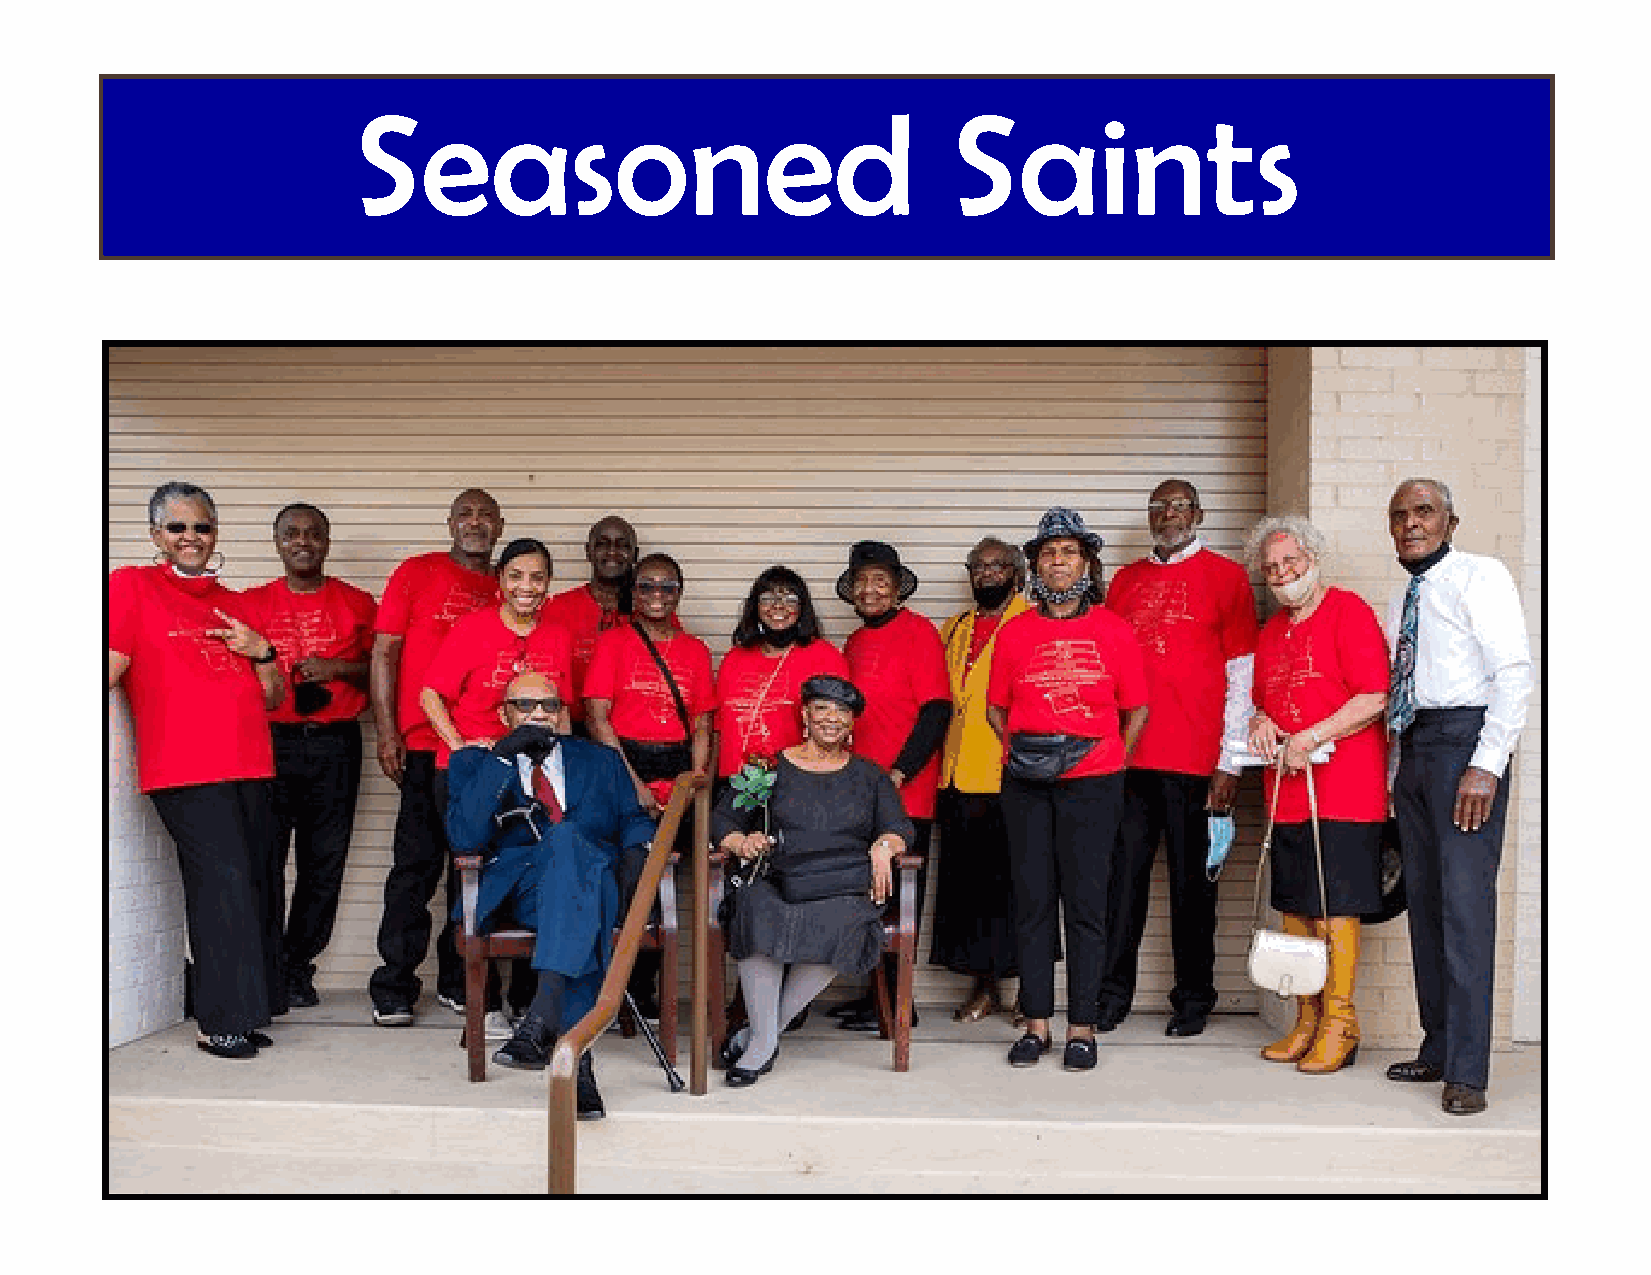
Seasoned                                Saints